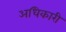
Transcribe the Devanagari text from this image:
अधिकारी